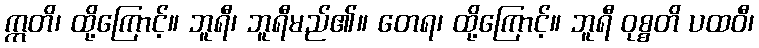
ဣတိ၊ ထို့ကြောင့်။ ဘူရီ၊ ဘူရီမည်၏။ တေရ၊ ထို့ကြောင့်။ ဘူရီ ဝုစ္စတိ ပထဝီ၊